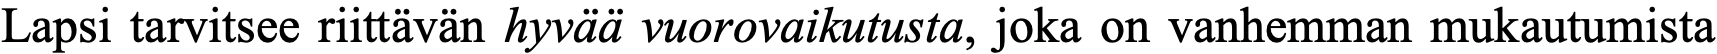
Lapsi tarvitsee riittävän hyvää vuorovaikutusta, joka on vanhemman mukautumista